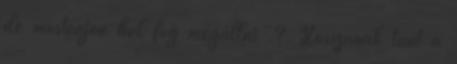
de mostvajon hol fog megállni .? Hosszúnak tűnt a